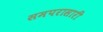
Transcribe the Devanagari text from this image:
समपरासारी